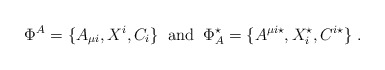
\begin{align*}\Phi^{A}=\{A_{\mu i},X^{i},C_{i}\}\;\;{\rm and}\;\;\Phi^{\star}_{A}=\{A^{\mu i\star},X^{\star}_{i},C^{i\star}\}\;.\end{align*}